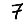
Digit: 7